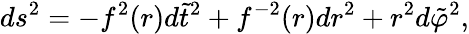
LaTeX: ds^{2}=-f^{2}(r)d\tilde{t}^{2}+f^{-2}(r)dr^{2}+r^{2}d\tilde{\varphi}^{2},